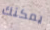
يمكنك